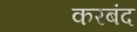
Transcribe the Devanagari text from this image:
करबंद